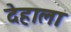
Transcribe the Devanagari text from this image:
देहाला